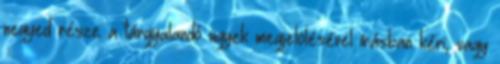
negyed része a tárgyalandó ügyek megjelölésével írásban kéri, vagy